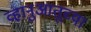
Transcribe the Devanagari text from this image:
व्हानुआतूच्या